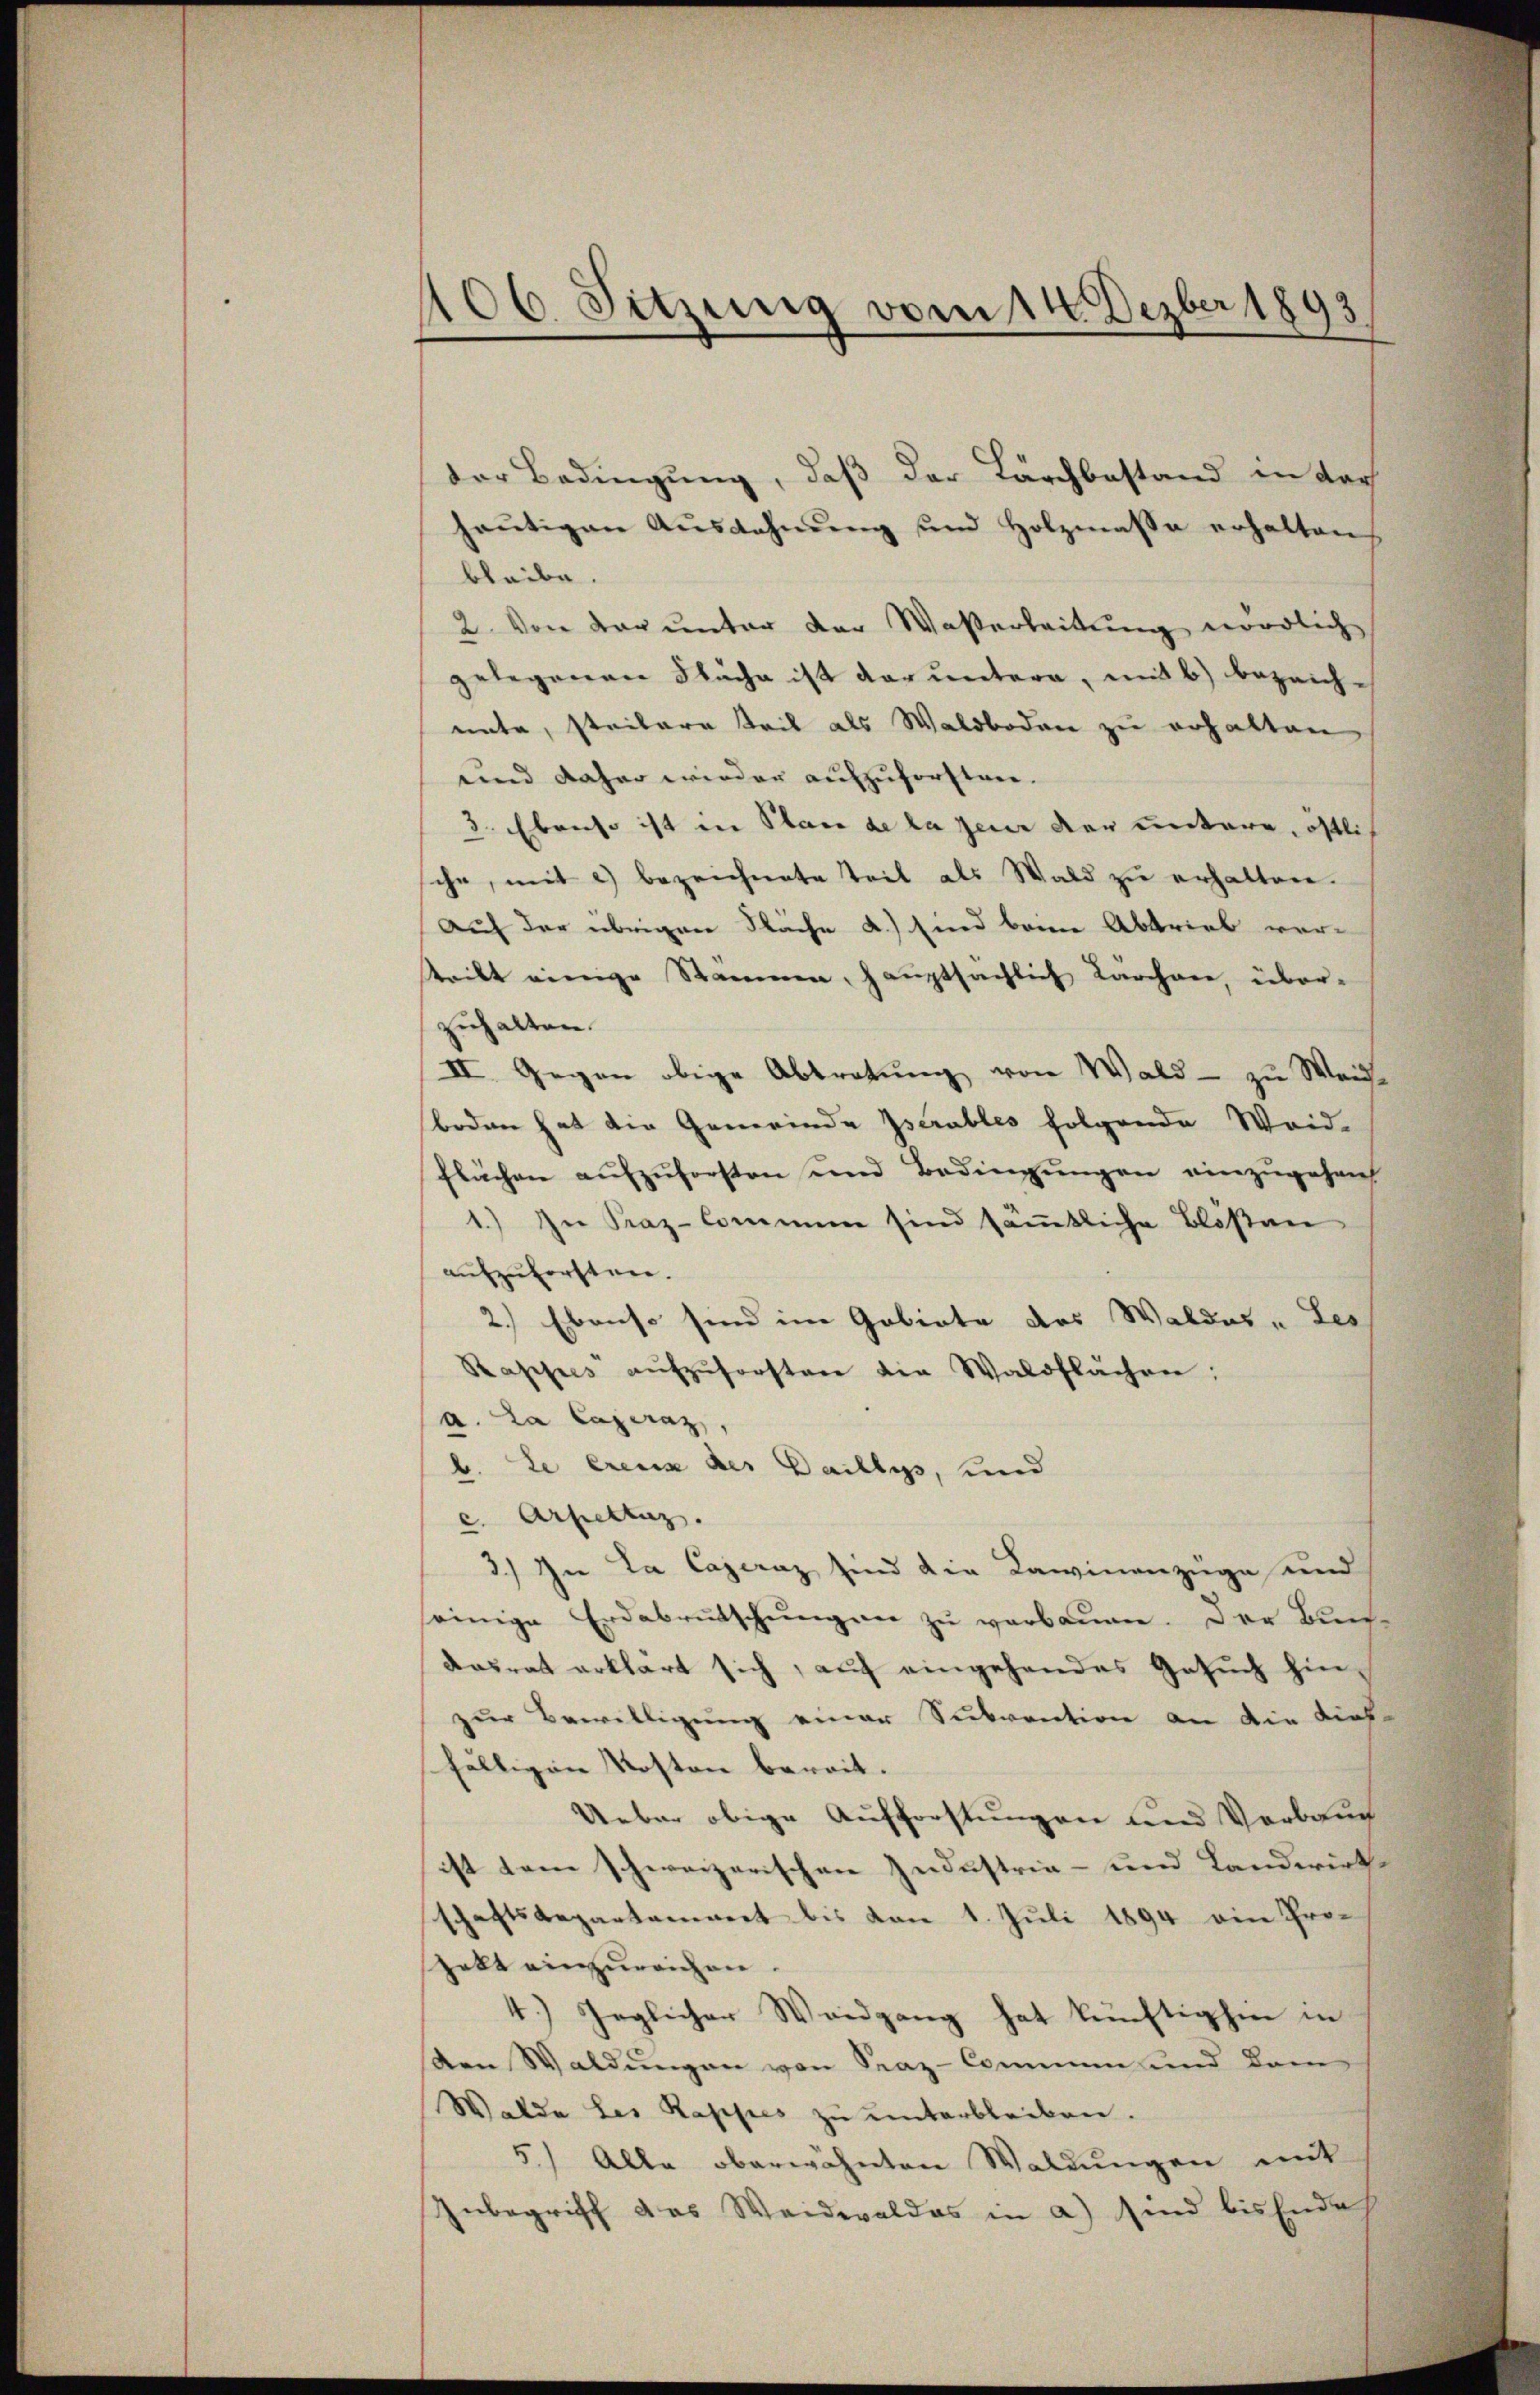
106. Sitzung vom 14. Dezber 1893

der Bedingung, daß der Durchbestand in der
heŭtigen Aŭszahnŭng und Holzmasse erhalten
bleibe.
2. Von der ŭnter der Waßerbeitŭng nördlich
gelegenen Fläche ist daruntern, mit b) bezeichnnte, steilere Teil als Waldboden zu erhalten
und daher wieder aufzuforsten.
3. Ebenso ist in Plan de la jene der untere, östli
che, mit 2) bezeichnete Teil als Wald zu erhalten.
Auf der übrigen Fläche a.) sind beim Abtrieb vortritt einige Stämmen, hauptsächlich Kärchare, überzuhalten.
II. Gegen obige Abtretung von Wald - zu Weichboden hat die Gemeinde Iserables folgende Weid-
flächen aufzuforsten und Bedingungen einzugehent
1.) In Praz-Commen sind säṁtliche Bloßan
aufzuforsten.
2.) Ebenso sind im Gebiete des Waldes „Les
Pappes aŭfzŭforsten die Waldflächen:
a. La Cajeraz,
b. Le Creuz des Daillys, und
c. Arhieltag.
3.) In La Caparaz sind die Lawinenzüge und
seinige Erdabrutschungen zu verbaume. Der Bun¬
Kasrat erklärt sich, auf eingehendes Gesuch hinzŭr Bewilligŭng einer Subvention an die Lieb
fälligen Kosten bereit.
Ueber obige Aufforstungen und Verbauch
ist dem schweizerischen Industria- und Landwirt
schaftsdepartament bis von 1. Juli 1894 ein Projekt einzureichen.
4.) Jeglicher Waidgang hat künftighin in
den Waldungen von Sraz-Commen und dam
Walde des Kappes zu unterbleiben.
5.) Alle oberwähnten Waldungen mit
Inbegriff das Waidwaldes in a) sind bis Ende